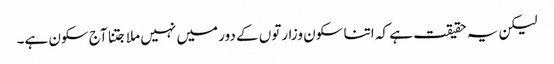
لیکن یہ حقیقت ہے کہ اتنا سکون وزارتوں کے دور میں نہیں ملا جتنا آج سکون ہے۔